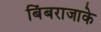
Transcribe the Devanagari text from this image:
बिंबराजाके